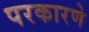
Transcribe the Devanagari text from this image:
परकारणे